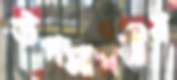
উপসাগরীয়